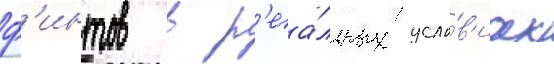
ф'интов в р'еа́льных усло́в'иах